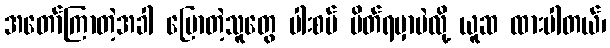
အတော်ကြာတဲ့အခါ ပြောတဲ့သူတွေ ပါးစပ် ပိတ်ရမှာပဲလို့ ယူဆ ထားပါတယ်၊